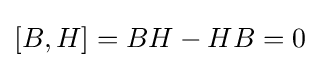
[B,H]=BH-HB=0